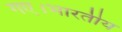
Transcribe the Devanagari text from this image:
गए।भारतीय